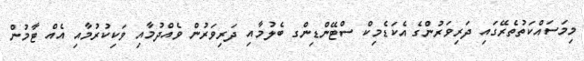
މިމަސައްކަތުތެރޭގައި ދަރިވަރުންގެ އެކަޑެމިކް ސްޓޭންޑިންގ ބެލުމާއި ދަރިވަރުން ވެއްދުމާއި ވަކިކުރުމާއި އެއް ޓާމުން